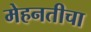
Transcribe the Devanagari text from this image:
मेहनतीचा